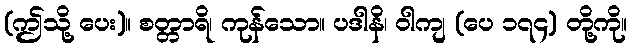
(ဤသို့ ပေး)။ စတ္တာရိ၊ ကုန်သော။ ပဒါနိ၊ ဝါကျ (ပေ ၁၇၄) တို့ကို။